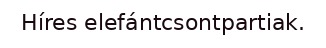
Híres elefántcsontpartiak.